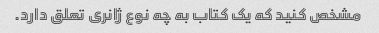
مشخص کنید که یک کتاب به چه نوع ژانری تعلق دارد.